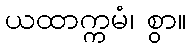
ယထာက္ကမံ၊ စွာ။